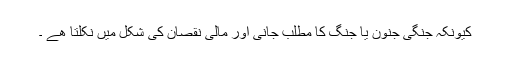
کیونکہ جنگی جنون یا جنگ کا مطلب جانی اور مالی نقصان کی شکل میں نکلتا ھے ۔